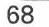
68